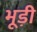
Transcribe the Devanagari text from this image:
भूड़ी